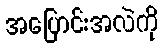
အပြောင်းအလဲကို